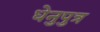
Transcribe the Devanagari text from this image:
धेनुपुत्र